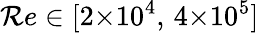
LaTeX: \mathcal{R}e\in[2{\times}10^{4},\, 4{\times}10^{5}]